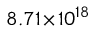
8 . 7 1 \! \times \! 1 0 ^ { 1 8 }